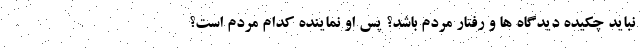
نباید چکیده دیدگاه ها و رفتار مردم باشد؟ پس او نماینده کدام مردم است؟